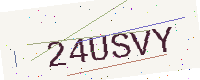
Text: 24USVY